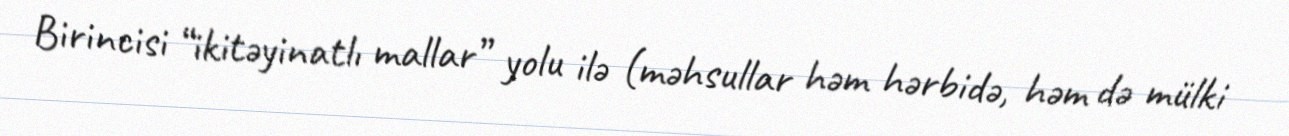
Birincisi “ikitəyinatlı mallar” yolu ilə (məhsullar həm hərbidə, həm də mülki